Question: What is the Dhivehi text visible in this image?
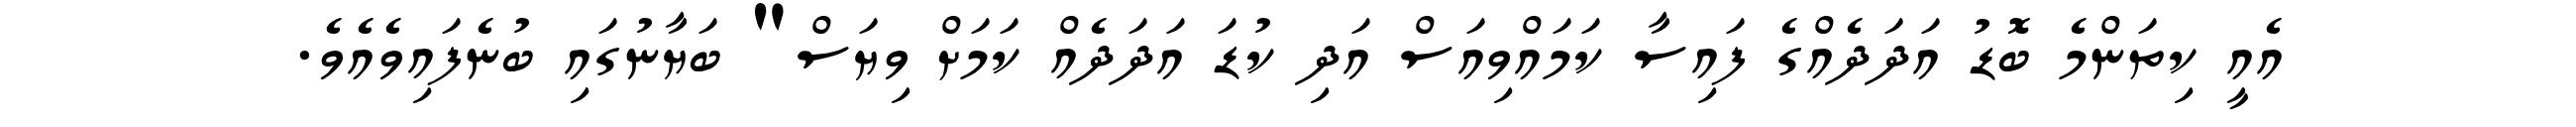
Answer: އެއީ ކިތަންމެ ބޮޑު އަދަދެއްގެ ފައިސާ ކަމައްވިއަސް އަދި ކުޑަ އަދަދެއް ކަމަށް ވިޔަސް" ބަޔާނުގައި ބުނެފައިވެއެވެ.